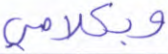
وبكلامي